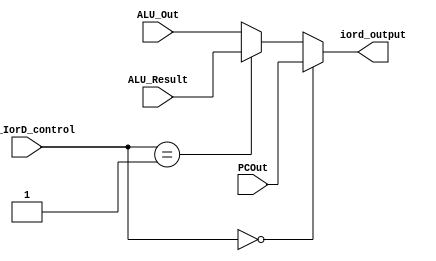
module mux_IorD(

    input wire [1:0] mux_IorD_control,
    input wire [31:0] PCOut,
    input wire [31:0] ALU_Result,
    input wire [31:0] ALU_Out,
    output wire [31:0] iord_output

);

    assign iord_output = (mux_IorD_control == 2'b00) ? PCOut : (mux_IorD_control == 2'b01) ? ALU_Result :ALU_Out;

endmodule